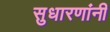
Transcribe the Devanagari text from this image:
सुधारणांनी